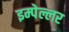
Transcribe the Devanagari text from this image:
इम्पेल्लर